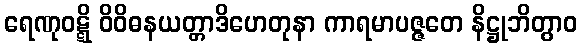
ရေဏုဝဋ္ဋိ ဝိဝိဓနယတ္တာဒိဟေတုနာ ကာရမာပဇ္ဇတေ နိဋ္ဌုဘိတွာဝ